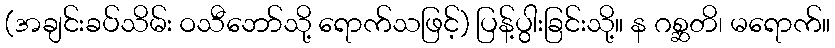
(အချင်းခပ်သိမ်း ဝသီဘော်သို့ ရောက်သဖြင့်) ပြန့်ပွါးခြင်းသို့။ န ဂစ္ဆတိ၊ မရောက်။